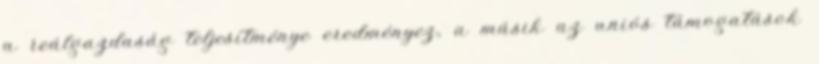
a reálgazdaság teljesítménye eredményez, a másik az uniós támogatások